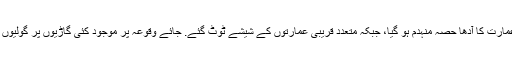
دھماکے سے پی آئی اے کی عمارت کا آدھا حصہ منہدم ہو گیا، جبکہ متعدد قریبی عمارتوں کے شیشے ٹوٹ گئے. جائے وقوعہ پر موجود کئی گاڑیوں پر گولیوں کے نشانات بھی دیکھے گئے۔